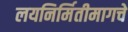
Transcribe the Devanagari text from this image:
लयनिर्मितीमागचे